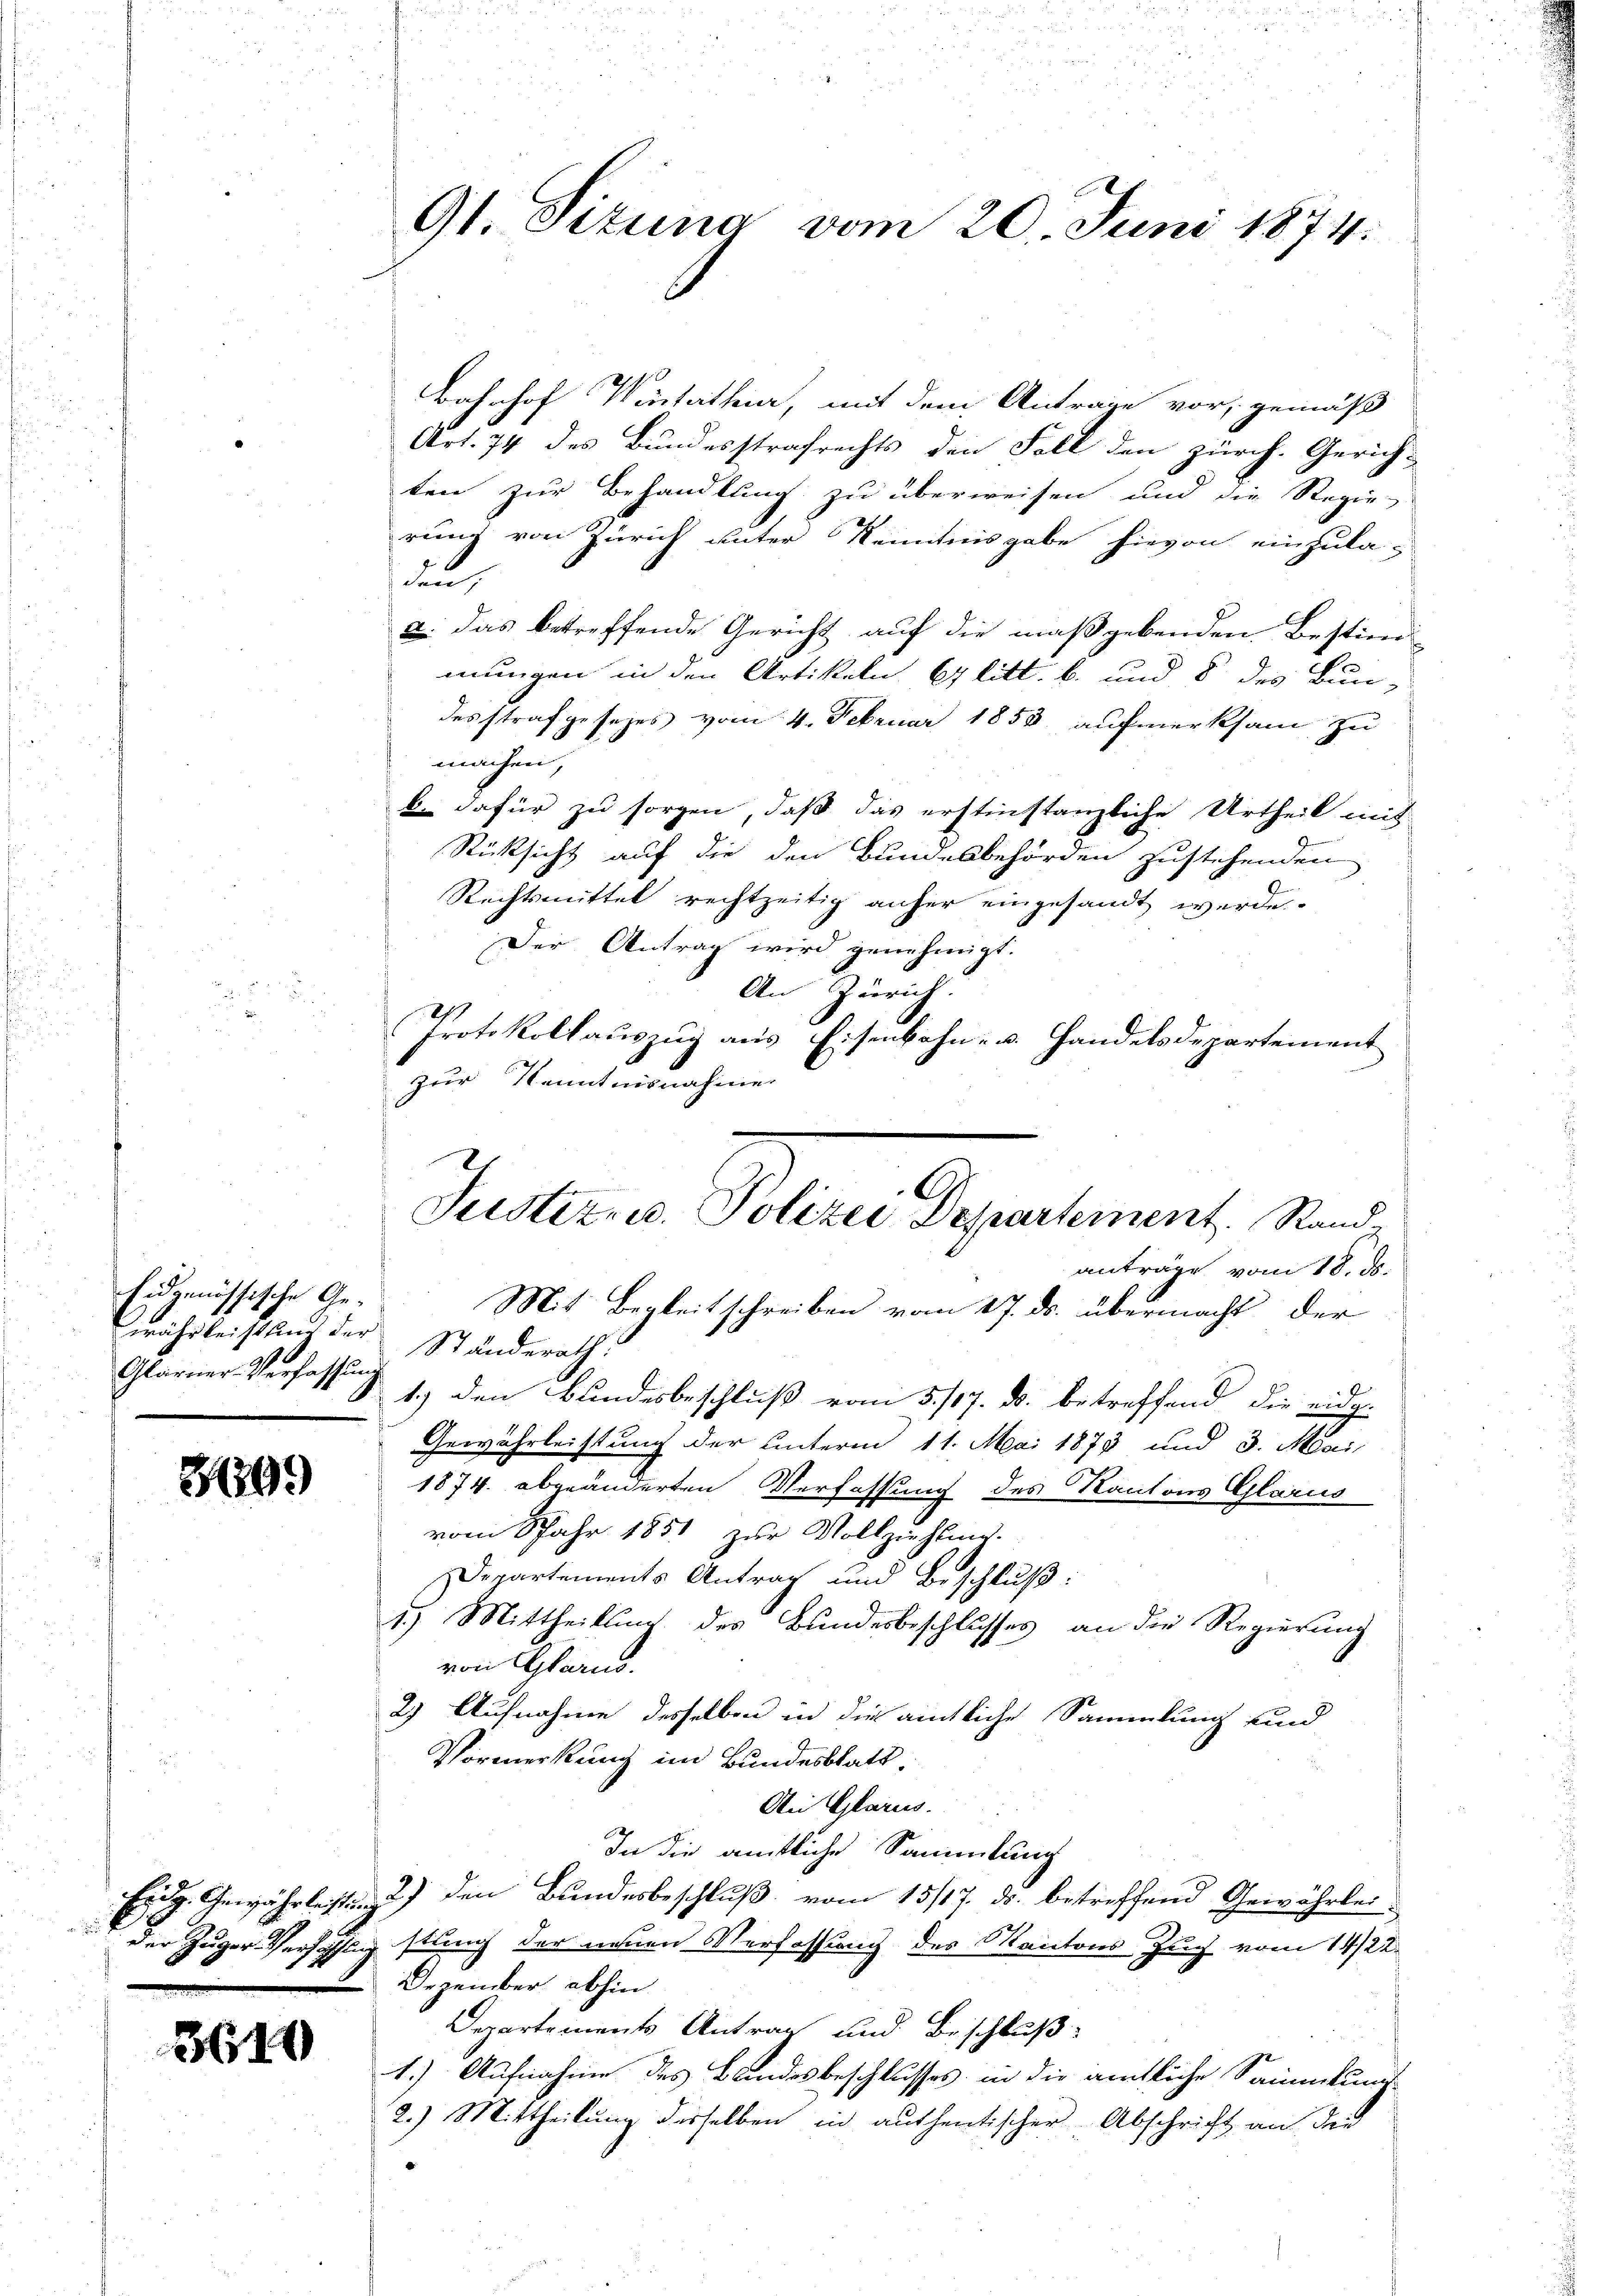
Eidgenössische Ge¬
Glarner-Verfassung

299)

3610

Bahnhof Winterthur, mit dem Antrage vor, gemäß
Art. 74 des Bundesstrafrechts den Fall den zürch. Gerich-
ten zur Behandlung zu überweisen und die Regie-
rung von Zürich unter Kenntnisgabe hievon einzula-
un
2. das betreffende Gericht auf die maßgebenden Bestim
mungen in den Artikeln Glitt. b. und 8 des Bun-
desstrafgesezes vom 4. Februar 1853 aufmerksam zu
machen,
b. dafür zu sorgen, daß das erstinstanzliche Urtheil mit
Rücksicht auf die den Bundesbehörden zustehenden
Rechtsmittel rechtzeitig anher eingesandt werde.
Der Antrag wird genehmigt.
An Zürich.
Protokollauszug aus Eisenbahn- u. Handelsdepartement
zur Kenntnisnahme
anträge vom 18. ds.
Mit Begleitschreiben vom 17. ds. übermacht, der
währleistung der Ständerath
 1.) den Bundesbeschluß vom 5./17. ds. betreffend die eidge
Gewährleistung der unterm 11. Mai 1873 und 3. Mai
1874. abgeänderten Verfassung des Kantons Glarus
vom Jahr 1851 zur Vollziehung.
Departements Antrag und Beschluß
1.) Mittheilung des Bundesbeschlusses an die Regierung
von Glarus.
2) Aufnahme desselben in die amtliche Sammlung und
Vormerkung im Bundesblatt,
Ai Glarus.
In die amtliche Sammlung
Eidg. Gewährleisten, 2) den Bundesbeschluß vom 15/17. ds. betreffend Gewährleider Zuger Verhählig stung der neuen Verfassung des Kantons Zug vom 14/22.
Dezember abhin
Departements Antrag und Beschluß:
1.) Aufnahme des Bandesbeschlusses in die amtliche Sammlungs
2.) Mittheilung desselben in authentischer Abschrift an die

91 Sizung vom 20. Juni 1874.

Justiz- u. Polizei Departement. Rand-